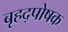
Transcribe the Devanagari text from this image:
बृहद्पोषक